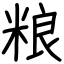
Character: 粮